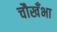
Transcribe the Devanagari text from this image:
चौखँभा